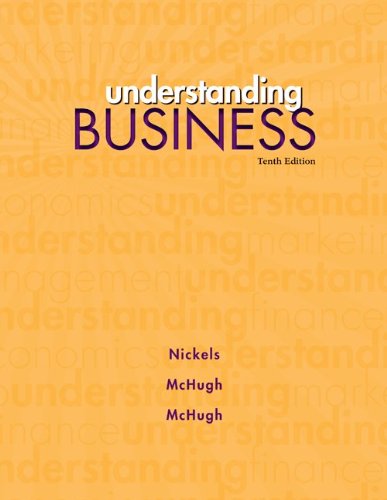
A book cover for Understanding Business, 10th Edition; William G. Nickels; Business & Money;